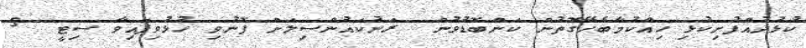
ކުޅުދުއްފުށިކުޅި ހިއްކުމާބެހޭގޮތުން ކަންބޮޑުވުން  ރަށުކައުންސިލަށް ފޮނުވި ހުޅުވިފައިވާ ސިޓީ  5